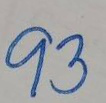
93